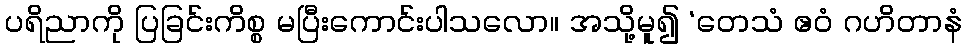
ပရိညာကို ပြခြင်းကိစ္စ မပြီးကောင်းပါသလော။ အသို့မူ၍ ‘တေသံ ဧဝံ ဂဟိတာနံ